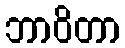
ဘာဝိတာ